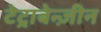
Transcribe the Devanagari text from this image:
टेट्राबेन्ज़ीन